Indian journal of veterinary science and animal husbandry - Volumes 15-17, 1948-1951
Year: 1948
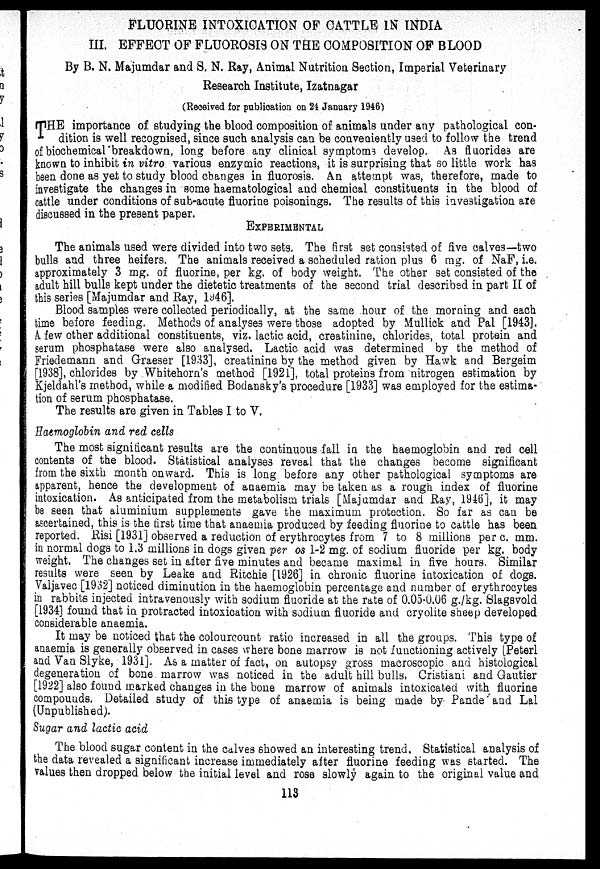
FLUORINE INTOXICATION OF CATTLE IN INDIA
III. EFFECT OF FLUOROSIS ON THE COMPOSITION OF BLOOD
By B. N. Majumdar and S. N. Ray, Animal Nutrition Section, Imperial Veterinary
Research Institute, Izatnagar
(Received for publication on 24 January 1946)
T HE importance of studying the blood composition of animals under any pathological con-
dition is well recognised, since such analysis can be conveniently used to follow the trend
of biochemical breakdown, long before any clinical symptoms develop. As fluorides are
known to inhibit in vitro various enzymic reactions, it is surprising that so little work has
been done as yet to study blood changes in fluorosis. An attempt was, therefore, made to
investigate the changes in some haematological and chemical constituents in the blood of
cattle under conditions of sub-acute fluorine poisonings. The results of this investigation are
discussed in the present paper.
EXPERIMENTAL
The animals used were divided into two sets. The first set consisted of five calves—two
bulls and three heifers. The animals received a scheduled ration plus 6 mg. of NaF, i.e.
approximately 3 mg. of fluorine, per kg. of body weight. The other set consisted of the
adult hill bulls kept under the dietetic treatments of the second trial described in part II of
this series [Majumdar and Ray, 1946].
Blood samples were collected periodically, at the same hour of the morning and each
time before feeding. Methods of analyses were those adopted by Mullick and Pal [1943].
A. few other additional constituents, viz. lactic acid, creatinine, chlorides, total protein and
serum phosphatase were also analysed. Lactic acid was determined by the method of
Friedemann and Graeser [1933], creatinine by the method given by Hawk and Bergeim
[1938], chlorides by Whitehorn's method [1921], total proteins from nitrogen estimation by
Kjeldahl's method, while a modified Bodansky's procedure [1933] was employed for the estima-
tion of serum phosphatase.
The results are given in Tables I to V.
Haemoglobin and red cells
The most significant results are the continuous fall in the haemoglobin and red cell
contents of the blood. Statistical analyses reveal that the changes become significant
from the sixth month onward. This is long before any other pathological symptoms are
apparent, hence the development of anaemia may be taken as a rough index of fluorine
intoxication. As anticipated from the metabolism trials [Majumdar and Ray, 1946], it may
be seen that aluminium supplements gave the maximum protection. So far as can be
ascertained, this is the first time that anaemia produced by feeding fluorine to cattle has been
reported. Risi [1931] observed a reduction of erythrocytes from 7 to 8 millions per c. mm.
in normal dogs to 1.3 millions in dogs given per os 1-2 mg. of sodium fluoride per kg. body
weight. The changes set in after five minutes and became maximal in five hours. Similar
results were seen by Leake and Ritchie [1926] in chronic fluorine intoxication of dogs.
Valjavec [1932] noticed diminution in the haemoglobin percentage and number of erythrocytes
in rabbits injected intravenously with sodium fluoride at the rate of 0.05-0.06 g./kg. Slagsvold
[1934] found that in protracted intoxication with sodium fluoride and cryolite sheep developed
considerable anaemia.
It may be noticed that the colourcount ratio increased in all the groups. This type of
anaemia is generally observed in cases where bone marrow is not functioning actively [Peterl
and Van Slyke, 1931]. As a matter of fact, on autopsy gross macroscopic and histological
degeneration of bone marrow was noticed in the adult hill bulls, Cristiani and Gautier
[1922] also found marked changes in the bone marrow of animals intoxicated with fluorine
compounds. Detailed study of this type of anaemia is being made by Pande and Lal
(Unpublished).
Sugar and lactic acid
The blood sugar content in the calves showed an interesting trend. Statistical analysis of
the data revealed a significant increase immediately after fluorine feeding was started. The
values then dropped below the initial level and rose slowly again to the original value and
113